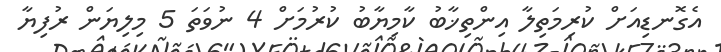
އެގޮނޑިއަށް ކުރިމަތިލާ އިންތިޚާބު ކާމިޔާބު ކުރުމަށް 4 ނުވަތަ 5 މިލިޔަން ރުފިޔާ